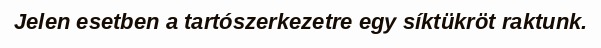
Jelen esetben a tartószerkezetre egy síktükröt raktunk.